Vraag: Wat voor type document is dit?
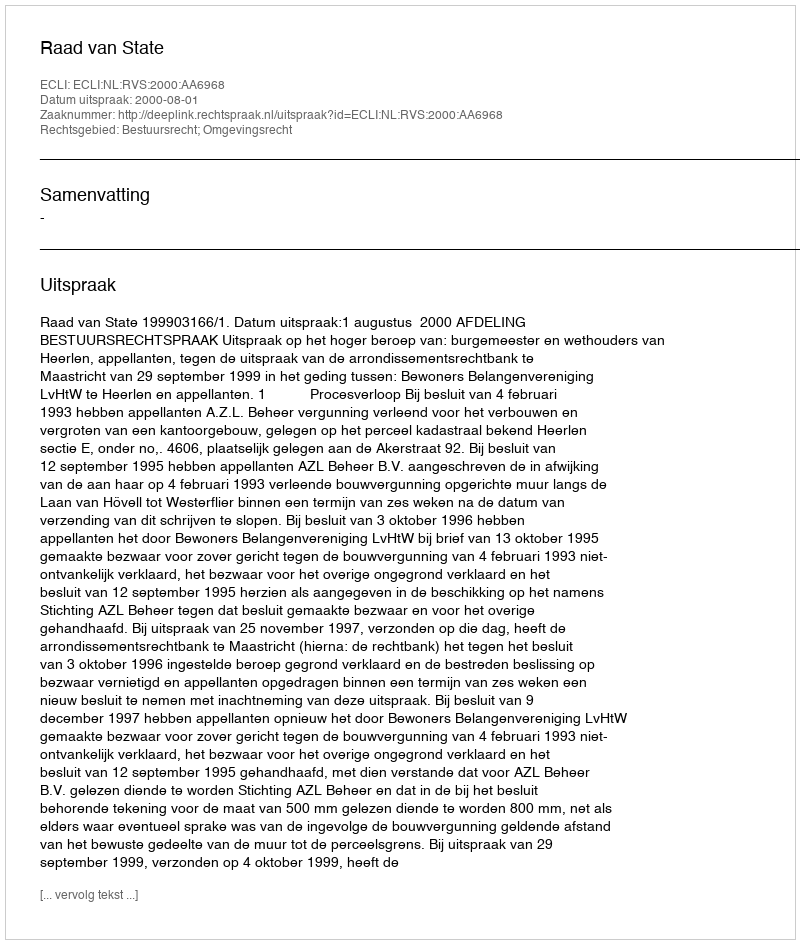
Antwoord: Uitspraak